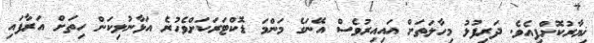
ޚިޔާރުކޮށްފިއެވެ. ދަރިފުޅު މިހާލަތަށް އައިއިރުވެސް އޭނަގެ މަންމަ ޑޮކްޓަރަކަށްވެހުރެ އަޅާނުލިކަން ހިތަށް އަރާފައި